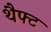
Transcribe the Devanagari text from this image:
थैफ्ट